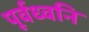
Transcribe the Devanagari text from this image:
पूर्वध्वनि